Annual administration report of the Civil Veterinary Department of India - 1907-1908
Year: 1907
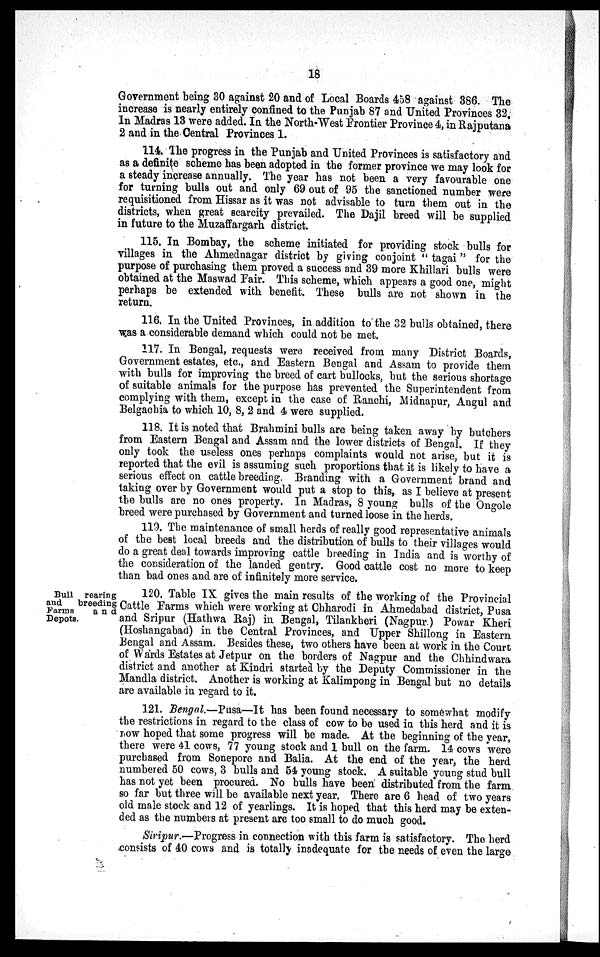
18
Government being 30 against 20 and of Local Boards 458 against 386. The
increase is nearly entirely confined to the Punjab 87 and United Provinces 32.
In Madras 13 were added. In the North-West Frontier Province 4, in Rajputana
2 and in the Central Provinces 1.
114. The progress in the Punjab and United Provinces is satisfactory and
as a definite scheme has been adopted in the former province we may look for
a steady increase annually. The year has not been a very favourable one
for turning bulls out and only 69 out of 95 the sanctioned number were
requisitioned from Hissar as it was not advisable to turn them out in the
districts, when great scarcity prevailed. The Dajil breed will be supplied
in future to the Muzaffargarh district.
115. In Bombay, the scheme initiated for providing stock bulls for
villages in the Ahmednagar district by giving conjoint "tagai" for the
purpose of purchasing them proved a success and 39 more Khillari bulls were
obtained at the Maswad Fair. This scheme, which appears a good one, might
perhaps be extended with benefit. These bulls are not shown in the
return.
116. In the United Provinces, in addition to the 32 bulls obtained, there
was a considerable demand which could not be met.
117. In Bengal, requests were received from many District Boards,
Government estates, etc., and Eastern Bengal and Assam to provide them
with bulls for improving the breed of cart bullocks, but the serious shortage
of suitable animals for the purpose has prevented the Superintendent from
complying with them, except in the case of Ranchi, Midnapur, Angul and
Belgachia to which 10, 8, 2 and 4 were supplied.
118. It is noted that Brahmini bulls are being taken away by butchers
from Eastern Bengal and Assam and the lower districts of Bengal. If they
only took the useless ones perhaps complaints would not arise, but it is
reported that the evil is assuming such proportions that it is likely to have a
serious effect on cattle breeding. Branding with a Government brand and
taking over by Government would put a stop to this, as I believe at present
the bulls are no ones property. In Madras, 8 young bulls of the Ongole
breed were purchased by Government and turned loose in the herds.
119. The maintenance of small herds of really good representative animals
of the best local breeds and the distribution of bulls to their villages would
do a great deal towards improving cattle breeding in India and is worthy of
the consideration of the landed gentry. Good cattle cost no more to keep
than bad ones and are of infinitely more service.
Bull rearing
and
breeding
Farms
and
Depots.
120. Table IX gives the main results of the working of the Provincial
Cattle Farms which were working at Chharodi in Ahmedabad district, Pusa
and Sripur (Hathwa Raj) in Bengal, Tilankheri (Nagpur.) Powar Kheri
(Hoshangabad) in the Central Provinces, and Upper Shillong in Eastern.
Bengal and Assam. Besides these, two others have been at work in the Court
of Wards Estates at Jetpur on the borders of Nagpur and the Chhindwara
district and another at Kindri started by the Deputy Commissioner in the
Mandla district. Another is working at Kalimpong in Bengal but no details
are available in regard to it.
121. Bengal.—Pusa—It has been found necessary to somewhat modify
the restrictions in regard to the class of cow to be used in this herd and it is
now hoped that some progress will be made. At the beginning of the year,
there were 41 cows, 77 young stock and 1 bull on the farm. 14 cows were
purchased from Sonepore and Balia. At the end of the year, the herd
numbered 50 cows, 3 bulls and 54 young stock. A suitable young stud bull
has not yet been procured. No bulls have been distributed from the farm
so far but three will be available next year. There are 6 head of two years
old male stock and 12 of yearlings. It is hoped that this herd may be exten-
ded as the numbers at present are too small to do much good.
Siripur.—Progress in connection with this farm is satisfactory. The herd
consists of 40 cows and is totally inadequate for the needs of even the large